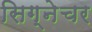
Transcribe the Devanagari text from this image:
सिग्‍नेचर